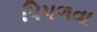
પિપળવા